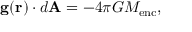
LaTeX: \mathbf { g ( r ) } \cdot d \mathbf { A } = - 4 \pi G M _ { \mathrm { e n c } } ,